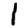
Digit: 1